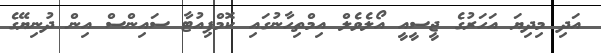
އަދި މިދިޔަ އަހަރުގެ ޖީސީއީ އޯލެވެލް އިމްތިހާނުގައި ކޮމްޕިއުޓާ ސައިންސް އިން ދުނިޔޭގެ